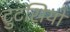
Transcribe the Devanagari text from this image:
टुटसियों